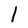
Character: I